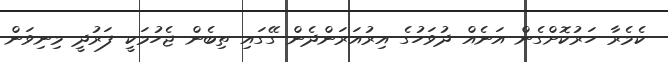
ކެމެރާ ހަރުކޮށްގެން އަނެއް ދުވަހުގެ އިރުއަރަންދެން ގޭގައި ތިބެން ޖެހުމަކީ ފަރުދީ މިނިވަން